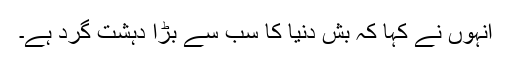
انہوں نے کہا کہ بش دنیا کا سب سے بڑا دہشت گرد ہے۔